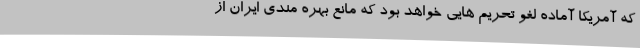
که آمریکا آماده لغو تحریم هایی خواهد بود که مانع بهره مندی ایران از